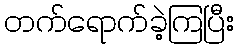
တက်ရောက်ခဲ့ကြပြီး